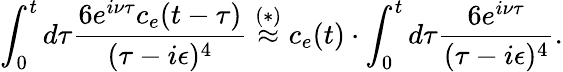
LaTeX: \int_{0}^{t}d\tau\frac{6e^{i\nu\tau}c_{e}(t-\tau)}{(\tau-i\epsilon)^{4}}\overset{(*)}{\approx}c_{e}(t)\cdot\int_{0}^{t}d\tau\frac{6e^{i\nu\tau}}{(\tau-i\epsilon)^{4}}.